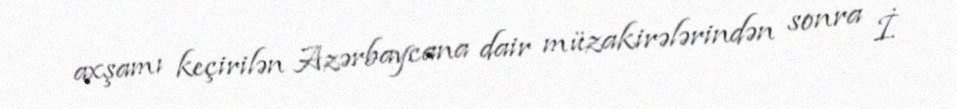
axşamı keçirilən Azərbaycana dair müzakirələrindən sonra İ.